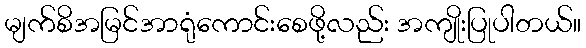
မျက်စိအမြင်အာရုံကောင်းစေဖို့လည်း အကျိုးပြုပါတယ်။